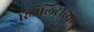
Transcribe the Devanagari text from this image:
रिॲलिटीच्या